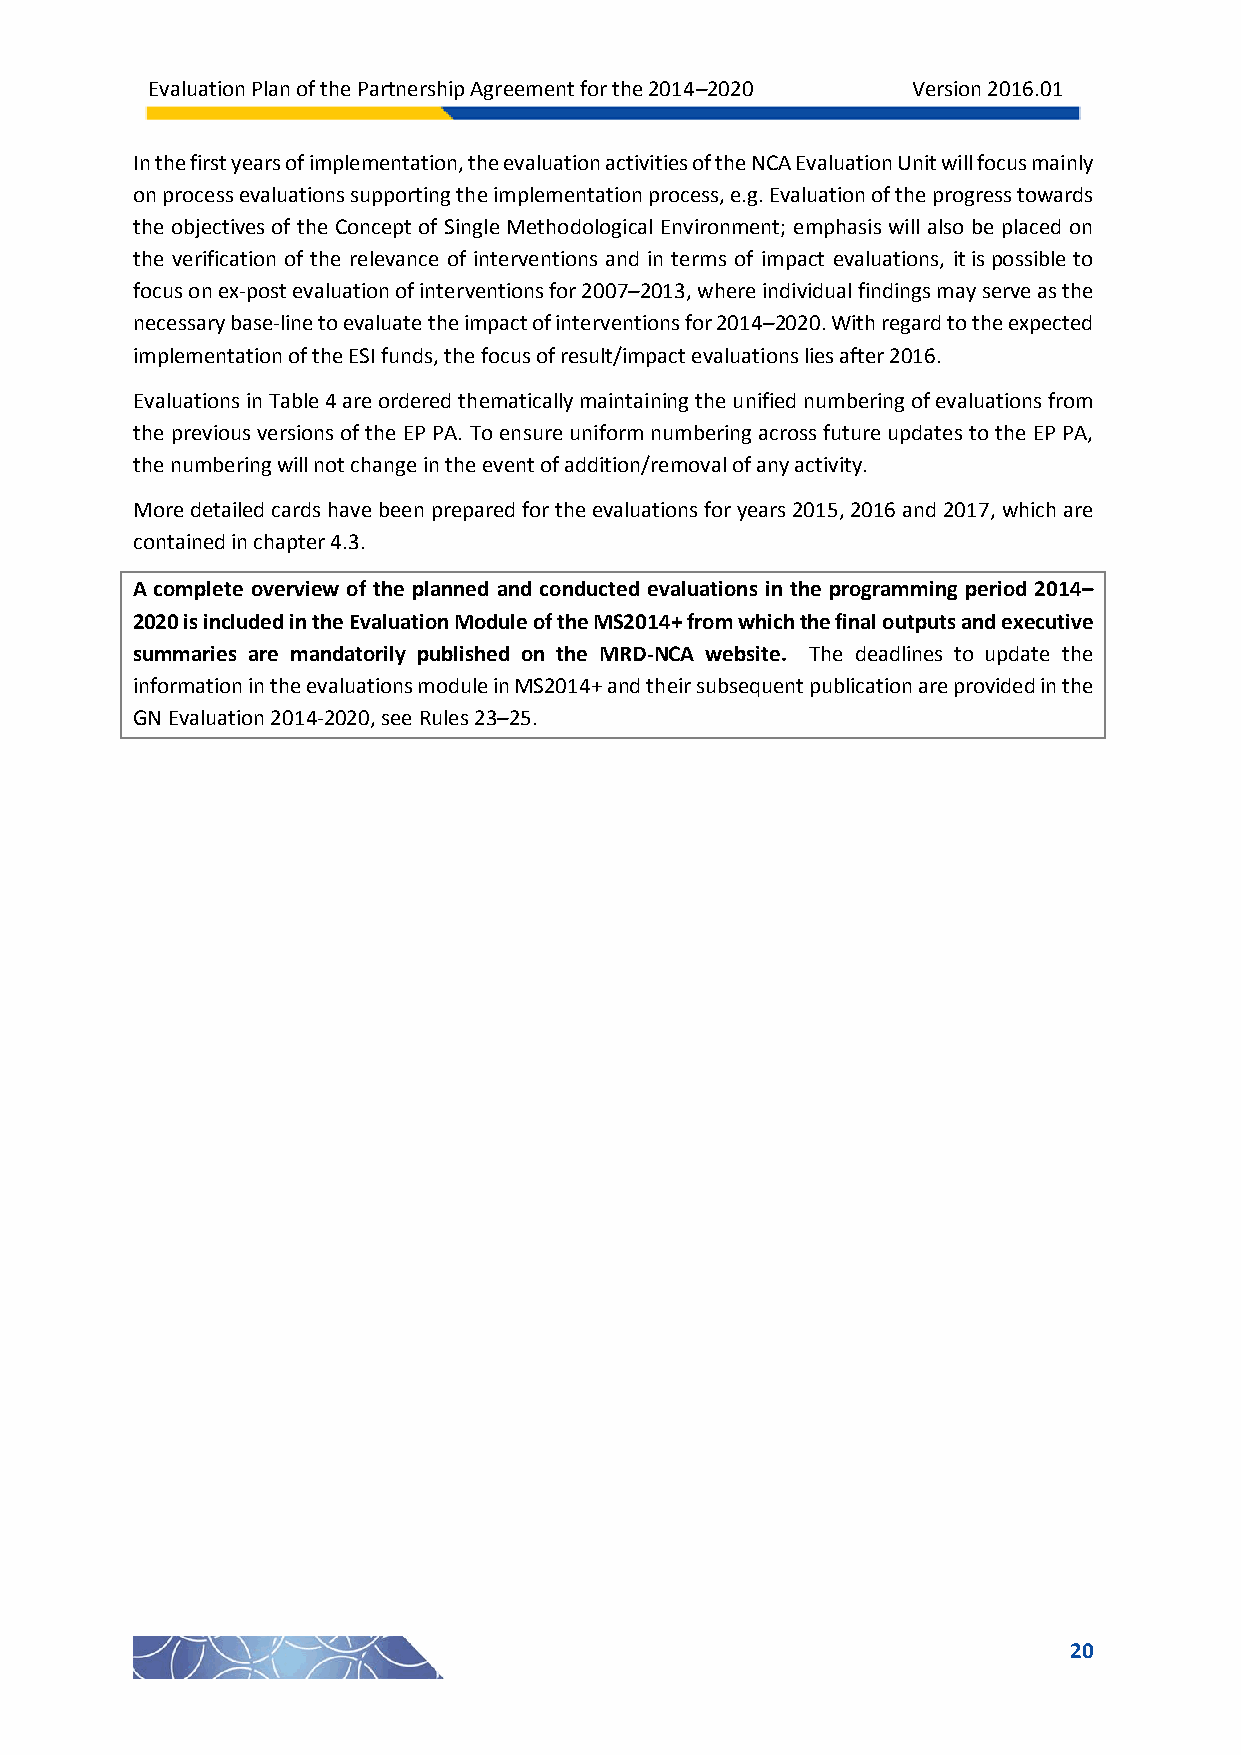
Evaluation Plan of the Partnership Agreement for the 2014–2020 Version 2016.01
 In the first years of implementation, the evaluation activities of the NCA Evaluation Unit will focus mainly
 on process evaluations supporting the implementation process, e.g. Evaluation of the progress towards
 the objectives of the Concept of Single Methodological Environment; emphasis will also be placed on
 the verification of the relevance of interventions and in terms of impact evaluations, it is possible to
 focus on ex-post evaluation of interventions for 2007–2013, where individual findings may serve as the
 necessary base-line to evaluate the impact of interventions for 2014–2020. With regard to the expected
 implementation of the ESI funds, the focus of result/impact evaluations lies after 2016.
 Evaluations in Table 4 are ordered thematically maintaining the unified numbering of evaluations from
 the previous versions of the EP PA. To ensure uniform numbering across future updates to the EP PA,
 the numbering will not change in the event of addition/removal of any activity.
 More detailed cards have been prepared for the evaluations for years 2015, 2016 and 2017, which are
 contained in chapter 4.3.
 A complete overview of the planned and conducted evaluations in the programming period 2014–
 2020 is included in the Evaluation Module of the MS2014+ from which the final outputs and executive
 summaries are mandatorily published on the MRD-NCA website. The deadlines to update the
 information in the evaluations module in MS2014+ and their subsequent publication are provided in the
 GN Evaluation 2014-2020, see Rules 23–25.
 20